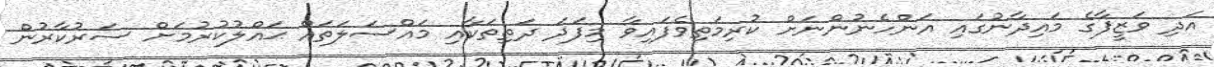
އަދި ވަޒީފާގެ މައިދާނުގައި އަންހެނުންނަށް ކުރިމަތިވެފައިވާ މިފަދަ ދަތިތަކާއި މައްސަލަތައް ޙައްލުކުރުމަށް ސަރުކާރުން